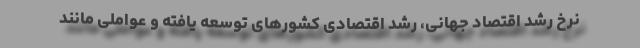
نرخ رشد اقتصاد جهانی، رشد اقتصادی کشورهای توسعه یافته و عواملی مانند